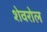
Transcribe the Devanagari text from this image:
शेवरोल